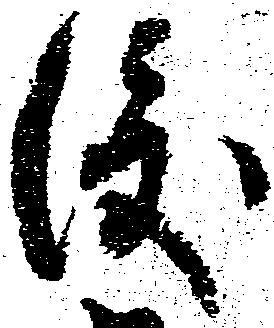
渡